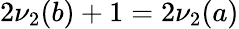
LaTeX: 2\nu_{2}(b)+1=2\nu_{2}(a)